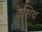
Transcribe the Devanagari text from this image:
वशिथ